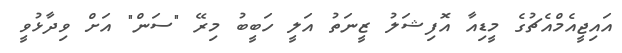
އައިޖީއެމްއެޗުގެ މީޑިއާ އޮފިޝަލު ޒީނަތު އަލީ ހަބީބު މިރޭ "ސަން" އަށް ވިދާޅުވީ